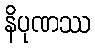
နိပုဏဿ